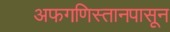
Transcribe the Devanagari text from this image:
अफगणिस्तानपासून